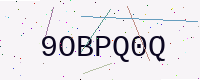
Text: 9OBPQ0Q